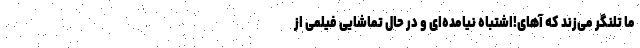
ما تلنگر می‌زند که آهای!اشتباه نیامده‌ای و در حال تماشایی فیلمی از